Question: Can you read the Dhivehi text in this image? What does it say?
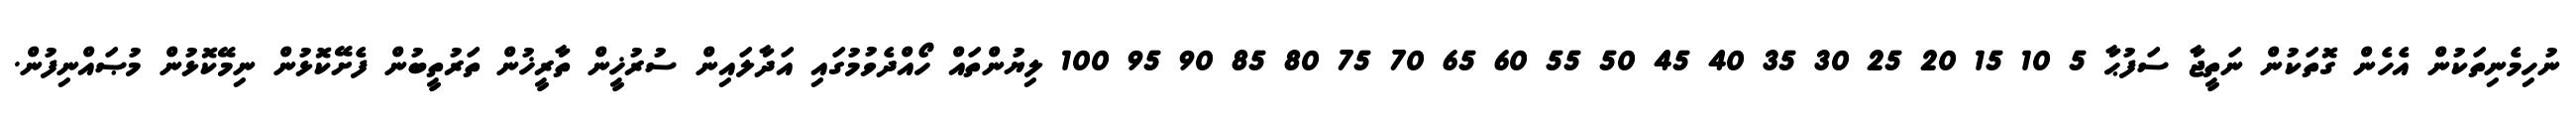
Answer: ނުހިމެނިތަކުން އެހެން ގޮތަކުން ނަތީޖާ ސަފުޙާ 5 10 15 20 25 30 35 40 45 50 55 60 65 70 75 80 85 90 95 100 ލިޔުންތައް ހޯއްދެވުމުގައި އަދާލައިން ސުރުޚީން ތާރީޚުން ތަރުތީބުން ފެށޭކޮޅުން ނިމޭކޮޅުން މުޞައްނިފުން.